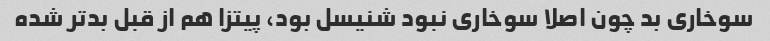
سوخاری بد چون اصلا سوخاری نبود شنیسل بود، پیتزا هم از قبل بدتر شده